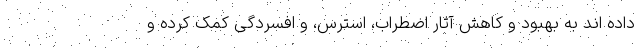
داده اند به بهبود و کاهش آثار اضطراب، استرس، و افسردگی کمک کرده و